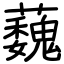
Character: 蘶